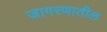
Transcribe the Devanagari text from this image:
जागरणातील